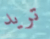
تريد